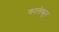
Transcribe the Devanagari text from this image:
कार्लस्रुन